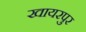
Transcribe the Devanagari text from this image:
खायरपुर